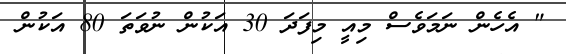
" އެހެން ނަމަވެސް މިއީ މިފަދަ 30 އަކުން ނުވަތަ 80 އަކުން